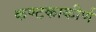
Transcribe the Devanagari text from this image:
कण्टकाकीर्ण